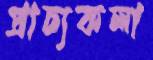
প্রাচ্যকলা